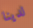
لدينا